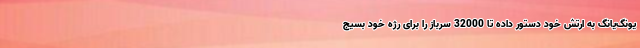
یونگ‌یانگ به ارتش خود دستور داده تا 32000 سرباز را برای رژه خود بسیج